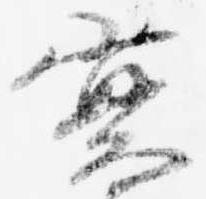
実